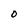
Character: O